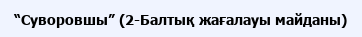
“Суворовшы” (2-Балтық жағалауы майданы)